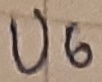
Text: U6